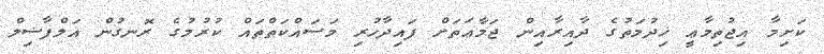
ކަށިމާ އިޖުތިމާޢީ ޚިދުމަތުގެ ދާއިރާއިން ޖަމާޢަތަށް ފައިދާހުރި މަސައްކަތްތައް ކުރުމުގެ ރޮނގުން އަލްފާޟިލް